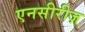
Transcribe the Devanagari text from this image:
एनसीरीज़